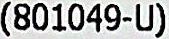
(801049-U)